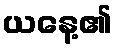
ယနေ့၏